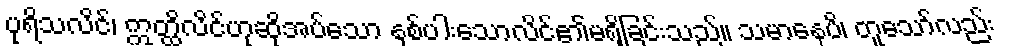
ပုရိသလိင်၊ ဣတ္ထိလိင်ဟုဆိုအပ်သော နှစ်ပါးသောလိင်၏မရှိခြင်းသည်။ သမာနေပိ၊ တူသော်လည်း